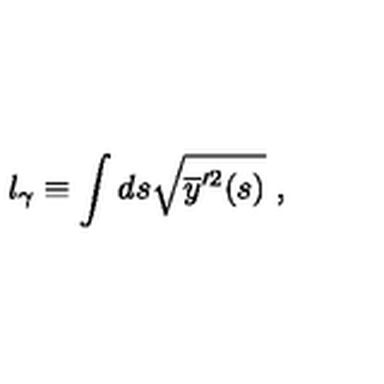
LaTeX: l _ { \gamma } \equiv \int d s \sqrt { \overline { y } ^ { \prime 2 } ( s ) } \ ,